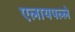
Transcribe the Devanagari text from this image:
एलायपल्ले